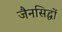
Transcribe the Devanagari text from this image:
जैनसिद्धों